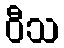
ဝီသ